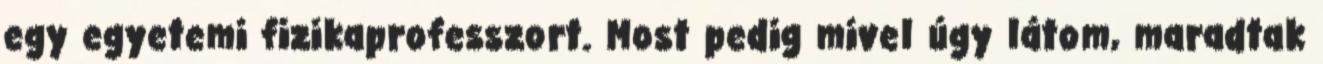
egy egyetemi fizikaprofesszort. Most pedig mivel úgy látom, maradtak